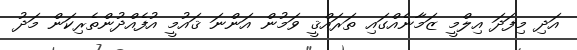
އަދި މިފަދަ އިލްމީ ޒަމާނެއްގައި ތަރައްޤީ ވަމުން އަންނަ ޤައުމީ އުފެއްދުންތެރިކަން މަދު